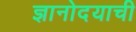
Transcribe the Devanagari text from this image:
ज्ञानोदयाची